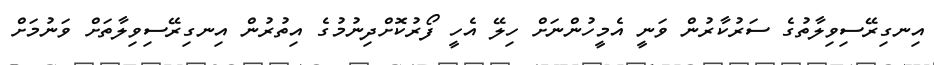
އިނގިރޭސިވިލާތުގެ ސަރުކާރުން ވަނީ އެމީހުންނަށް ހިލޭ އެހީ ފޯރުކޮށްދިނުމުގެ އިތުރުން އިނގިރޭސިވިލާތަށް ވަނުމަށް